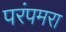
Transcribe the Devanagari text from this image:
परंपमरा